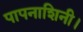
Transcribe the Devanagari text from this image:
पापनाशिनी।